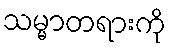
သမ္မာတရားကို